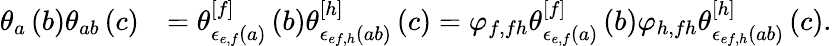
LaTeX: \begin{array}{rl}{\theta_{a}\left(b\right)\theta_{ab}\left(c\right)}&{=\theta_{\epsilon_{e,f}\left(a\right)}^{[f]}\left(b\right)\theta_{\epsilon_{ef,h}\left(ab\right)}^{[h]}\left(c\right)=\varphi_{f,fh}\theta_{\epsilon_{e,f}\left(a\right)}^{[f]}\left(b\right)\varphi_{h,fh}\theta_{\epsilon_{ef,h}\left(ab\right)}^{[h]}\left(c\right).}\end{array}